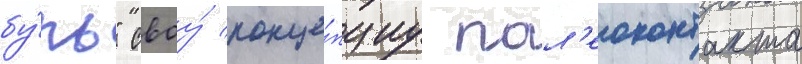
бу́рь" своу́ конце́пциу пал'еоконтакта